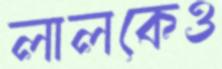
লালকেও